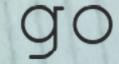
go